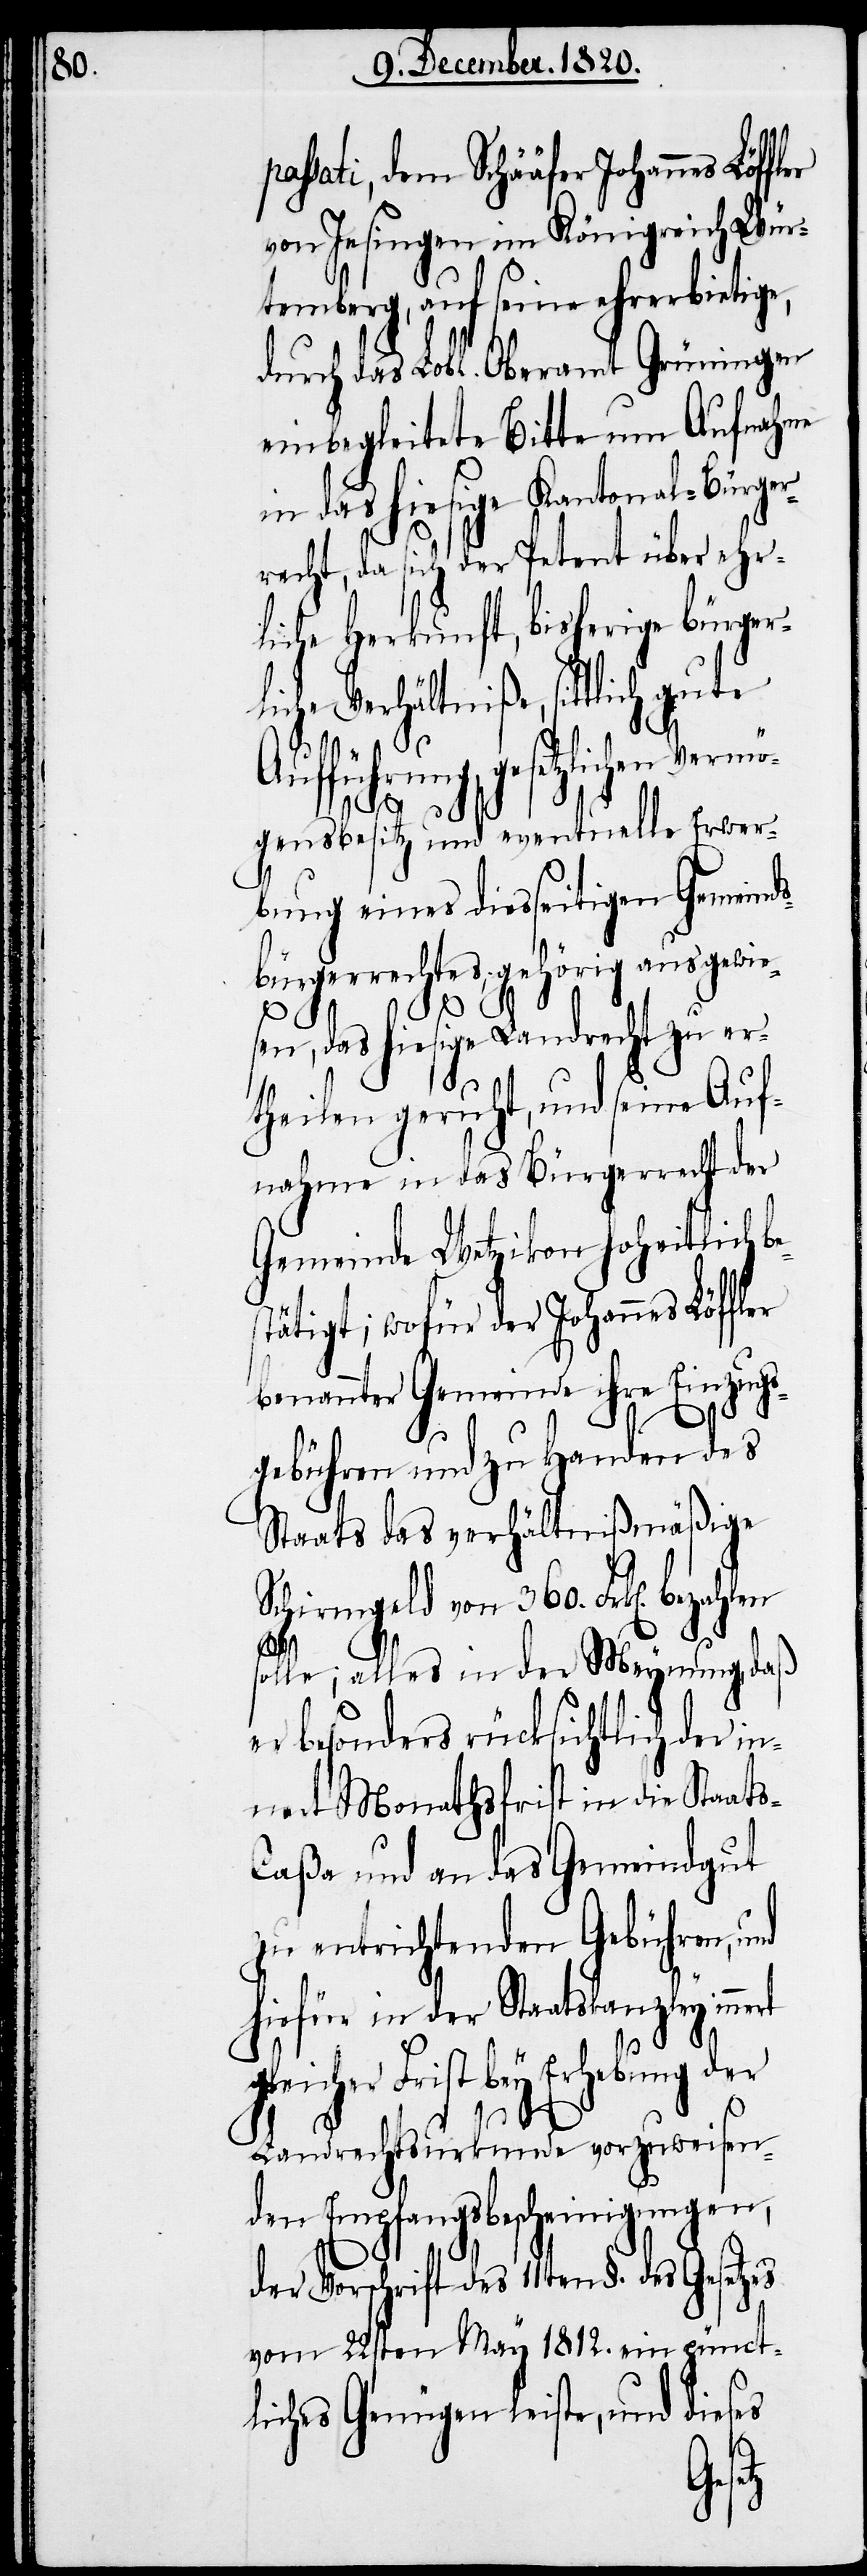
sati, dem Schääfer Johannes Löf¬
von Jesingen im Königreich Wür¬
temberg, auf seine ehrerbietige,
durch das Lobl. Oberamt Grüningen
einbegleitete Bitte um Aufnahme
in das hiesige Kantonal-Bürger¬
recht, da sich der Petent über ehr¬
liche Herkunft, bisherige bürger¬
liche Verhältniße, sittlich gute
fführung, gesetzlichen
gensbesitz und eventuelle Erwer¬
bung eines diesseitigen Gemeind¬
sbürgerrechtes, gehörig ausgewie¬
sen, das hiesige Landrecht zu er¬
theilen geruht, und seine Auf¬
nahme in das Bürgerrecht der
Gemeinde Wetzikon hoheitlich b¬
stätigt; wofür der Johannes Löff¬
benannter Gemeinde ihre Einzugs¬
gebühren und zu Handen des
Staats das verhältnißmäßige
chirmgeld von 360. Frk[en].
solle; alles in der Meynung, daß
er besonders rücksichtlich der i¬
nnert Monathsfrist in die Staat¬
aßa und an das Gemeindgut
zu entrichtenden Gebühren, und
hiefür in der Staatskanzley innert
gleicher Frist bey Erhebung der
Landrechtsurkunde vorzuweisen¬
den Empfangsbescheinigungen,
der Vorschrift des 11ten §. des Gesetzes
vom 22sten May 1812. ein pünct¬
dieses
liches Genügen leiste, und
s-C¬